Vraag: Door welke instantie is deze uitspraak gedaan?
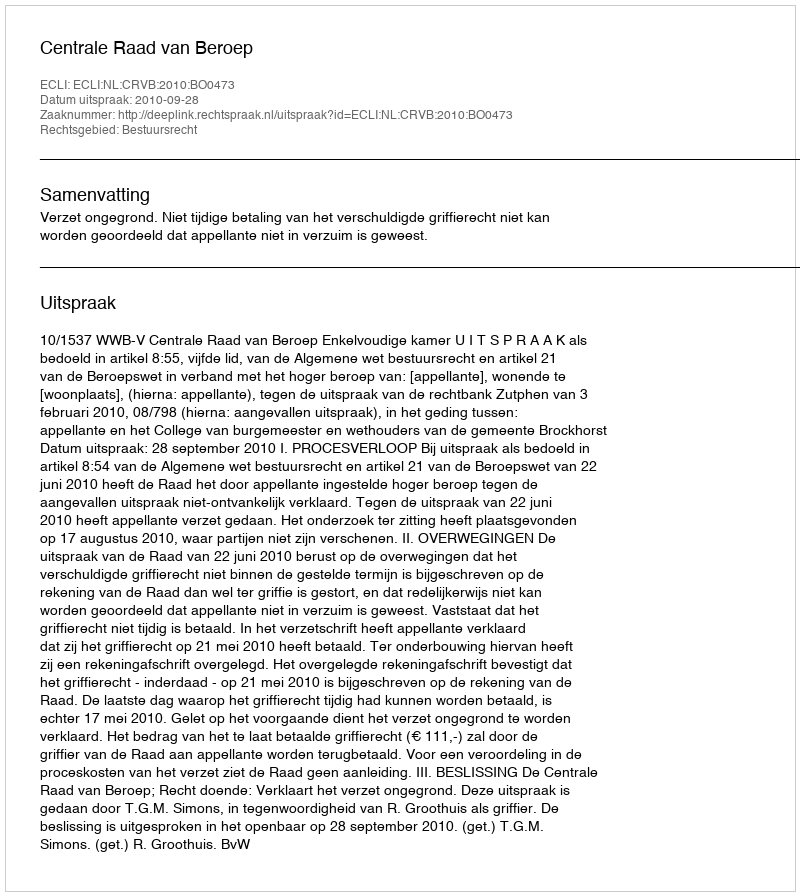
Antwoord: Centrale Raad van Beroep